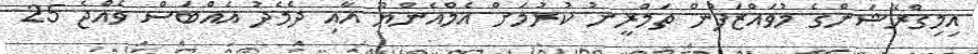
އިމިގްރޭޝަންގެ މުވައްޒަފުން ތަމްރީނު ކުރުމަށް އެމްއެންޔޫ އާއި ދެމެދު އެއްބަސް ވެއްޖެ 25